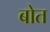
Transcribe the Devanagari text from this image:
बोत